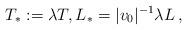
LaTeX: \begin{align*}T_*:=\lambda T, {L}_*=|v_0|^{-1}\lambda L\,,\end{align*}